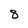
Character: 8